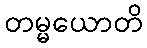
တမ္မယောတိ